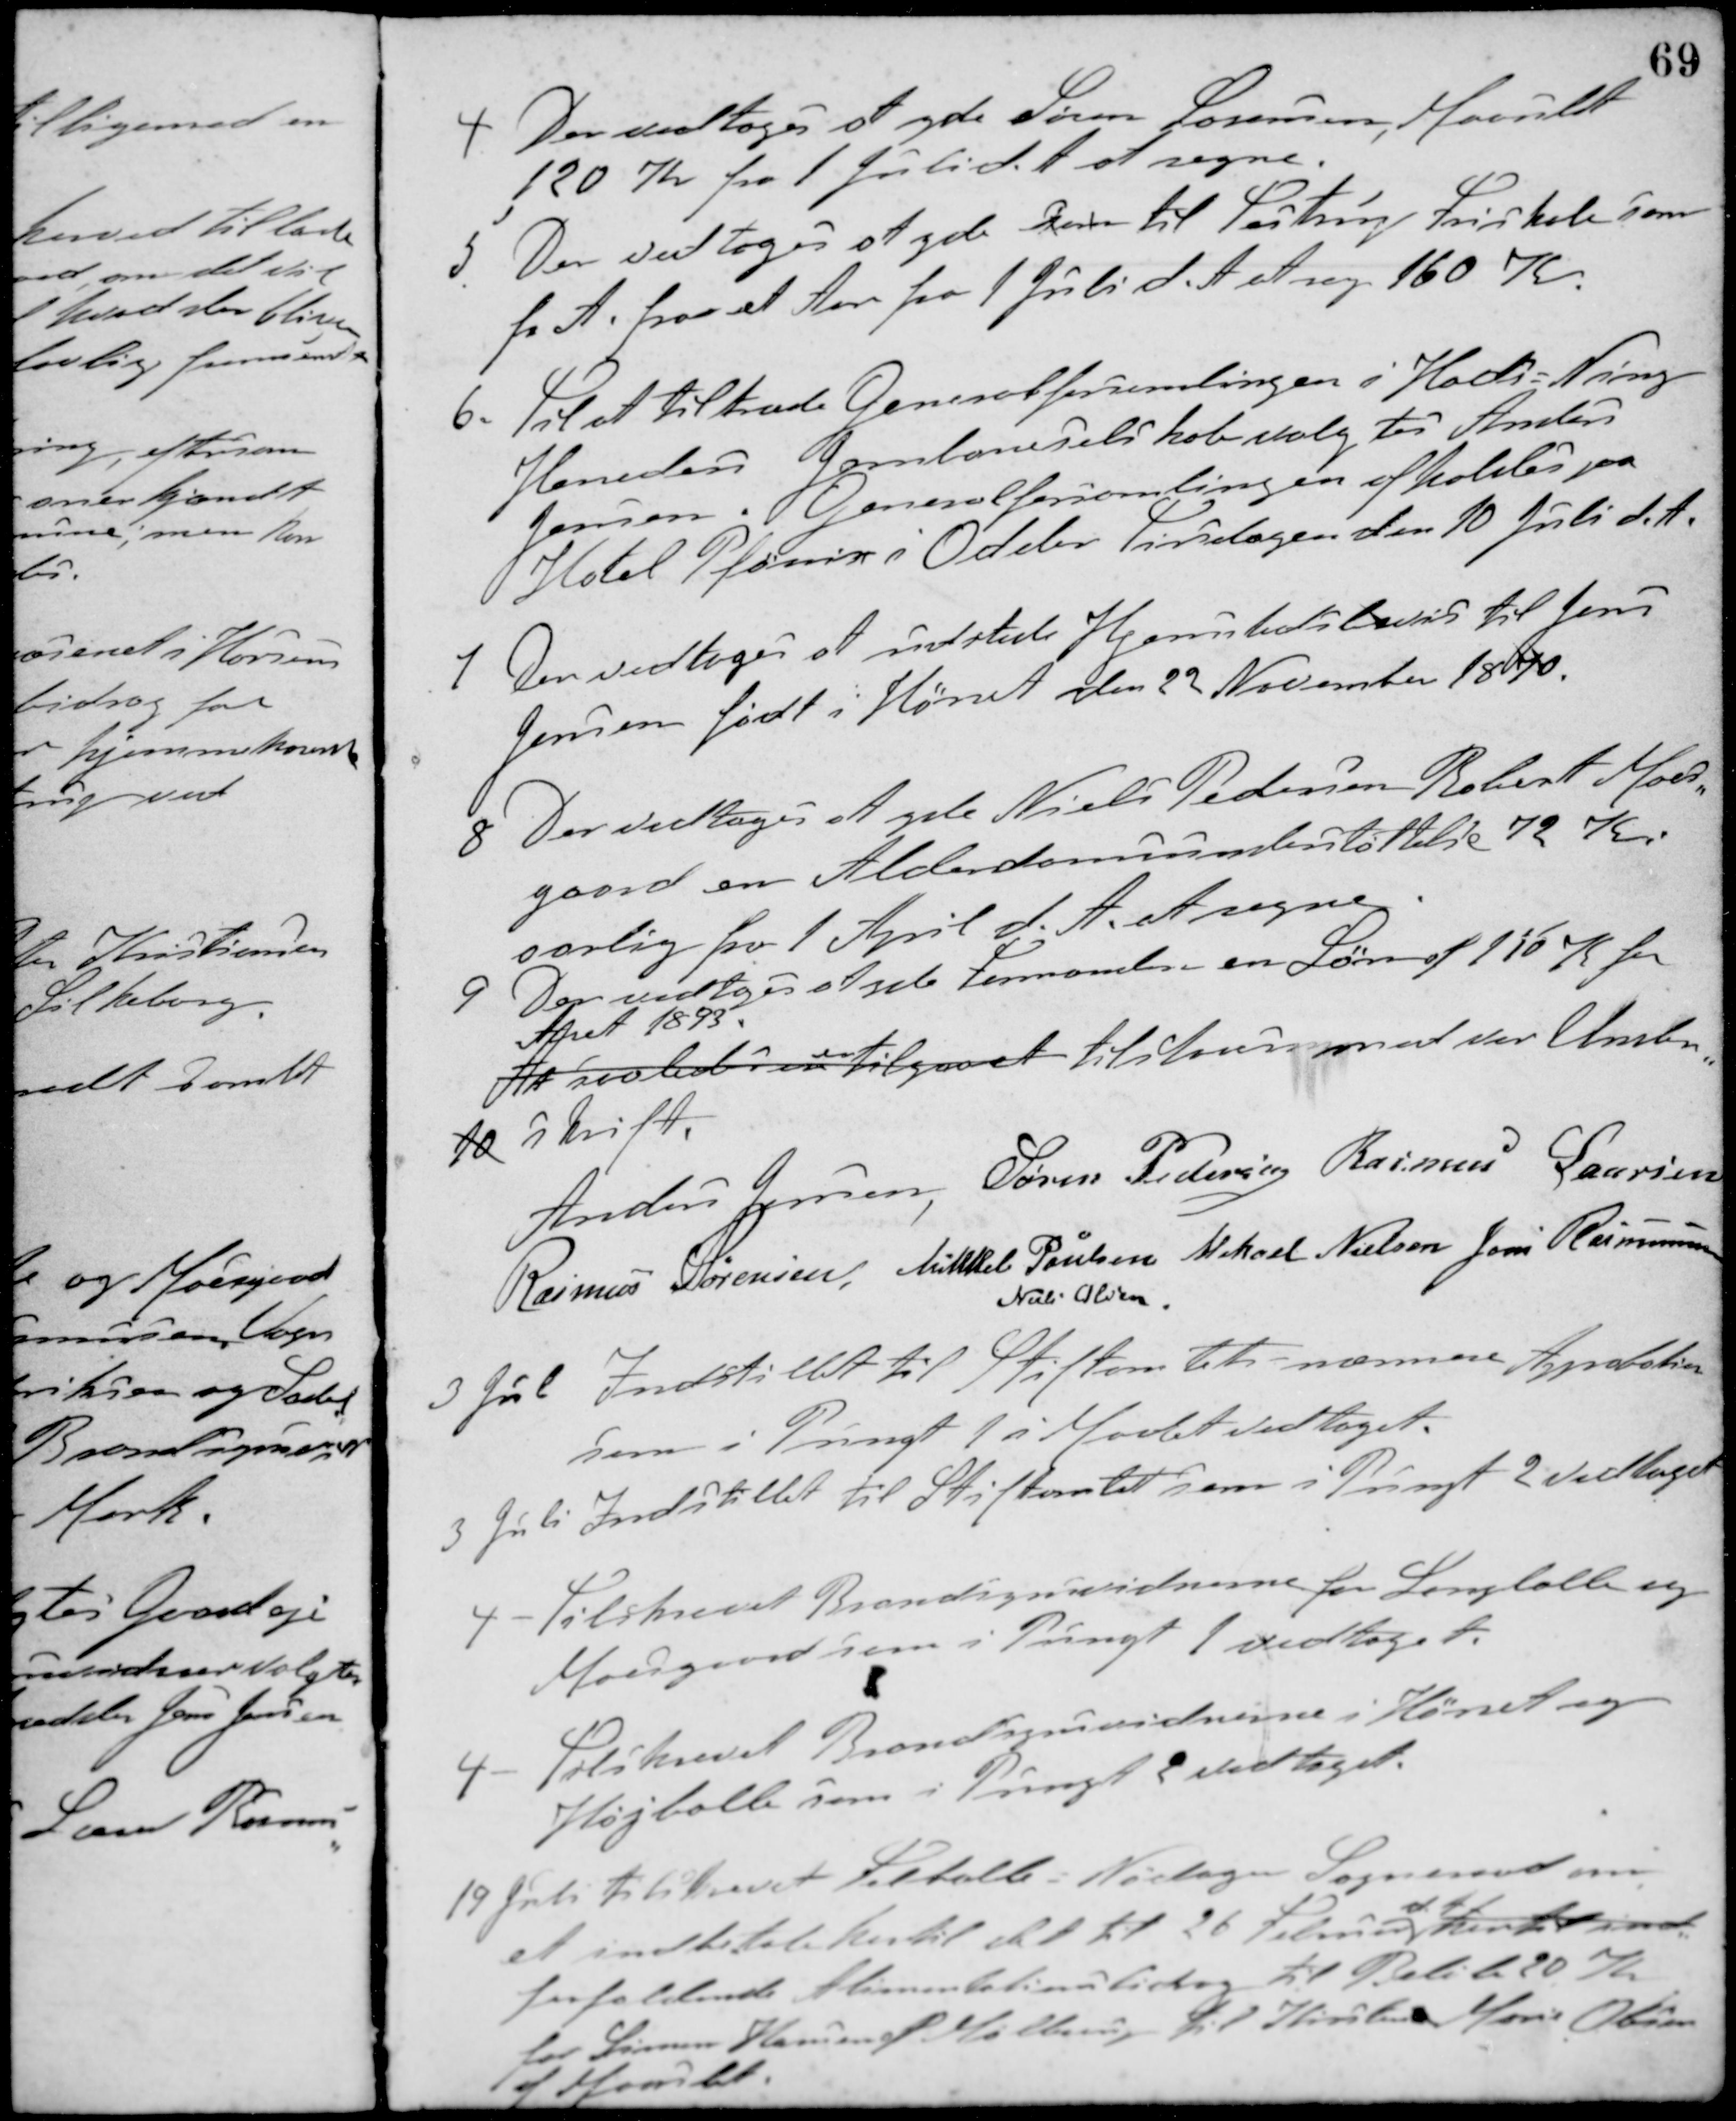
Transskription:
4 Der vedtoges at yde Søren Sørensen, Maarslet
120 Kr fra 1 Juli d. A. at regne.
5 Der vedtoges at yde dem til Testrup Friskole som
f. A. for et Aar fra 1 Juli d. A. at reg. 160 K
6. Til at tiltræde Generalforsamlingen i Hads - Ning
Herreders Jernbaneselskab valgtes Anders
Jensen. Generalforsamlingen afholdes paa
Hotel Pfønix i Odder Tirsdagen den 10 Juli d. A.
7. Der vedtoges at udstede Hjemstedsbevis til Jens
Jensen født i Hørret den 22 November 1870.
8. Der vedtoges at yde Niels Pedersen Robert Moes-
gaard en Alderdomsunderstøttelse 72 Kr.
aarlig fra 1 April d. A. at regne.
9. Der vedtoges at yde Formanden en Løn af 150 Kr. for
Aaret 1893.
At saaledes er
er
tilgaaet tilstaaes med vor Under-
10 skrift.
Anders Jensen Søren Pedersen Rasmus Laursen
Rasmus Sørensen Mikkel Poulsen Mikael Nielsen Jens Rasmussen
Niels Olesen
3 Juli Indstillet til Stiftamtets nærmere Appobation
som i Pungt 1 i Mødet vedtaget.
3 Juli Indstillet til Stiftamtet som i Pungt 2 vedtaget
4 - Tilskrevet Brandsynsvidnerne for Langballe og
Moesgaard som i Pungt 1 vedtaget.
4 - Tilskrevet Brandsynsvidnerne i Hørret og
Højballe som i Pungt 2 vedtaget.
19 Juli tilskrevet Feldballe-Nødager Sogneraad om
at indbetale hertil det til 26 Februar
d. A.
hertil ind
forfaldende Alimentationsbidrag til Beløb 20 Kr.
for Søren Hansen af Malling til Kirsten Marie Olsen
af Maarslet.